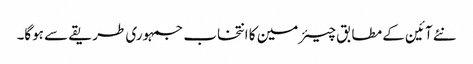
نئے آئین کے مطابق چیئرمین کا انتخاب جمہوری طریقے سے ہوگا۔